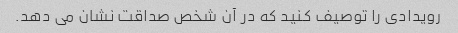
رویدادی را توصیف کنید که در آن شخص صداقت نشان می دهد.